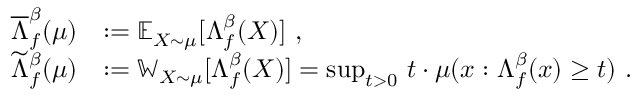
\begin{array} { r l } { \overline { { \Lambda } } _ { f } ^ { \beta } ( \mu ) } & { : = \mathbb { E } _ { X \sim \mu } [ \Lambda _ { f } ^ { \beta } ( X ) ] ~ , } \\ { \widetilde { \Lambda } _ { f } ^ { \beta } ( \mu ) } & { : = \mathbb { W } _ { X \sim \mu } [ \Lambda _ { f } ^ { \beta } ( X ) ] = \operatorname* { s u p } _ { t > 0 } \, t \cdot \mu ( x : \Lambda _ { f } ^ { \beta } ( x ) \geq t ) ~ . } \end{array}